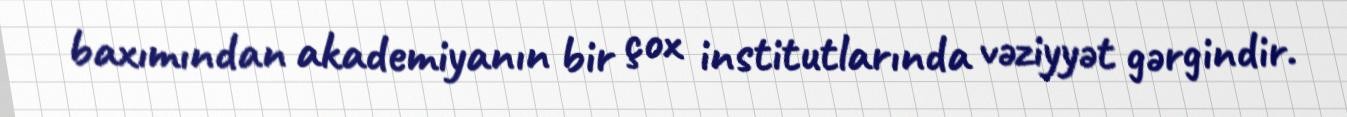
baxımından akademiyanın bir çox institutlarında vəziyyət gərgindir.